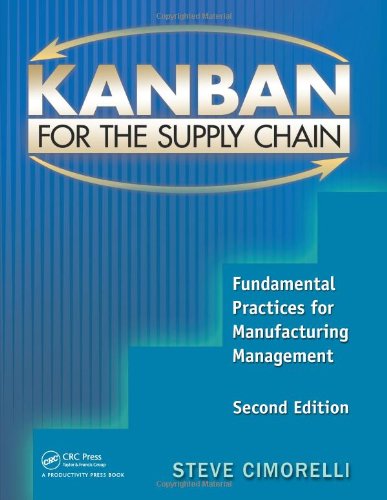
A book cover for Kanban for the Supply Chain: Fundamental Practices for Manufacturing Management, Second Edition; Stephen Cimorelli; Business & Money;